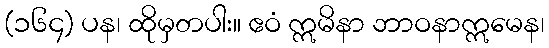
(၁၆၄) ပန၊ ထိုမှတပါး။ ဧဝံ ဣမိနာ ဘာဝနာဣမေန၊